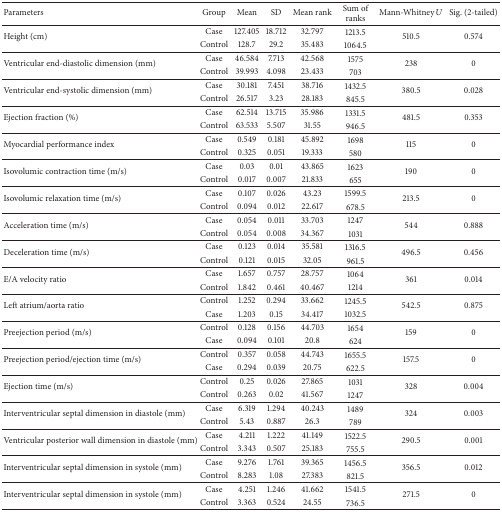
<table><thead><tr><td><b>Parameters</b></td><td><b>Group</b></td><td><b>Mean</b></td><td><b>SD</b></td><td><b>Mean rank</b></td><td><b>Sum of ranks</b></td><td><b>Mann-Whitney <i>U</i></b></td><td><b>Sig. (2-tailed)</b></td></tr></thead><tbody><tr><td rowspan="2">Height (cm)</td><td>Case</td><td>127.405</td><td>18.712</td><td>32.797</td><td>1213.5</td><td rowspan="2">510.5</td><td rowspan="2">0.574</td></tr><tr><td>Control</td><td>128.7</td><td>29.2</td><td>35.483</td><td>1064.5</td></tr><tr><td rowspan="2">Ventricular end-diastolic dimension (mm)</td><td>Case</td><td>46.584</td><td>7.713</td><td>42.568</td><td>1575</td><td rowspan="2">238</td><td rowspan="2">0</td></tr><tr><td>Control</td><td>39.993</td><td>4.098</td><td>23.433</td><td>703</td></tr><tr><td rowspan="2">Ventricular end-systolic dimension (mm)</td><td>Case</td><td>30.181</td><td>7.451</td><td>38.716</td><td>1432.5</td><td rowspan="2">380.5</td><td rowspan="2">0.028</td></tr><tr><td>Control</td><td>26.517</td><td>3.23</td><td>28.183</td><td>845.5</td></tr><tr><td rowspan="2">Ejection fraction (%)</td><td>Case</td><td>62.514</td><td>13.715</td><td>35.986</td><td>1331.5</td><td rowspan="2">481.5</td><td rowspan="2">0.353</td></tr><tr><td>Control</td><td>63.533</td><td>5.507</td><td>31.55</td><td>946.5</td></tr><tr><td rowspan="2">Myocardial performance index</td><td>Case</td><td>0.549</td><td>0.181</td><td>45.892</td><td>1698</td><td rowspan="2">115</td><td rowspan="2">0</td></tr><tr><td>Control</td><td>0.325</td><td>0.051</td><td>19.333</td><td>580</td></tr><tr><td rowspan="2">Isovolumic contraction time (m/s)</td><td>Case</td><td>0.03</td><td>0.01</td><td>43.865</td><td>1623</td><td rowspan="2">190</td><td rowspan="2">0</td></tr><tr><td>Control</td><td>0.017</td><td>0.007</td><td>21.833</td><td>655</td></tr><tr><td rowspan="2">Isovolumic relaxation time (m/s)</td><td>Case</td><td>0.107</td><td>0.026</td><td>43.23</td><td>1599.5</td><td rowspan="2">213.5</td><td rowspan="2">0</td></tr><tr><td>Control</td><td>0.094</td><td>0.012</td><td>22.617</td><td>678.5</td></tr><tr><td rowspan="2">Acceleration time (m/s)</td><td>Case</td><td>0.054</td><td>0.011</td><td>33.703</td><td>1247</td><td rowspan="2">544</td><td rowspan="2">0.888</td></tr><tr><td>Control</td><td>0.054</td><td>0.008</td><td>34.367</td><td>1031</td></tr><tr><td rowspan="2">Deceleration time (m/s)</td><td>Case</td><td>0.123</td><td>0.014</td><td>35.581</td><td>1316.5</td><td rowspan="2">496.5</td><td rowspan="2">0.456</td></tr><tr><td>Control</td><td>0.121</td><td>0.015</td><td>32.05</td><td>961.5</td></tr><tr><td rowspan="2">E/A velocity ratio</td><td>Case</td><td>1.657</td><td>0.757</td><td>28.757</td><td>1064</td><td rowspan="2">361</td><td rowspan="2">0.014</td></tr><tr><td>Control</td><td>1.842</td><td>0.461</td><td>40.467</td><td>1214</td></tr><tr><td rowspan="2">Left atrium/aorta ratio</td><td>Control</td><td>1.252</td><td>0.294</td><td>33.662</td><td>1245.5</td><td rowspan="2">542.5</td><td rowspan="2">0.875</td></tr><tr><td>Case</td><td>1.203</td><td>0.15</td><td>34.417</td><td>1032.5</td></tr><tr><td rowspan="2">Preejection period (m/s)</td><td>Control</td><td>0.128</td><td>0.156</td><td>44.703</td><td>1654</td><td rowspan="2">159</td><td rowspan="2">0</td></tr><tr><td>Case</td><td>0.094</td><td>0.101</td><td>20.8</td><td>624</td></tr><tr><td rowspan="2">Preejection period/ejection time (m/s)</td><td>Control</td><td>0.357</td><td>0.058</td><td>44.743</td><td>1655.5</td><td rowspan="2">157.5</td><td rowspan="2">0</td></tr><tr><td>Case</td><td>0.294</td><td>0.039</td><td>20.75</td><td>622.5</td></tr><tr><td rowspan="2">Ejection time (m/s)</td><td>Control</td><td>0.25</td><td>0.026</td><td>27.865</td><td>1031</td><td rowspan="2">328</td><td rowspan="2">0.004</td></tr><tr><td>Control</td><td>0.263</td><td>0.02</td><td>41.567</td><td>1247</td></tr><tr><td rowspan="2">Interventricular septal dimension in diastole (mm)</td><td>Case</td><td>6.319</td><td>1.294</td><td>40.243</td><td>1489</td><td rowspan="2">324</td><td rowspan="2">0.003</td></tr><tr><td>Control</td><td>5.43</td><td>0.887</td><td>26.3</td><td>789</td></tr><tr><td rowspan="2">Ventricular posterior wall dimension in diastole (mm)</td><td>Case</td><td>4.211</td><td>1.222</td><td>41.149</td><td>1522.5</td><td rowspan="2">290.5</td><td rowspan="2">0.001</td></tr><tr><td>Control</td><td>3.343</td><td>0.507</td><td>25.183</td><td>755.5</td></tr><tr><td rowspan="2">Interventricular septal dimension in systole (mm)</td><td>Case</td><td>9.276</td><td>1.761</td><td>39.365</td><td>1456.5</td><td rowspan="2">356.5</td><td rowspan="2">0.012</td></tr><tr><td>Control</td><td>8.283</td><td>1.08</td><td>27.383</td><td>821.5</td></tr><tr><td rowspan="2">Interventricular septal dimension in systole (mm)</td><td>Case</td><td>4.251</td><td>1.246</td><td>41.662</td><td>1541.5</td><td rowspan="2">271.5</td><td rowspan="2">0</td></tr><tr><td>Control</td><td>3.363</td><td>0.524</td><td>24.55</td><td>736.5</td></tr></tbody></table>